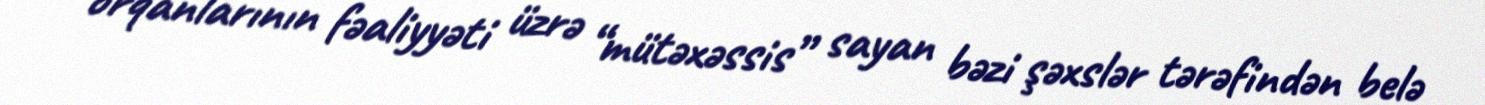
orqanlarının fəaliyyəti üzrə “mütəxəssis” sayan bəzi şəxslər tərəfindən belə